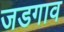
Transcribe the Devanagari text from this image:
जडगाव